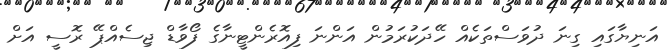
އަނިޔާގައި ގިނަ ދުވަސްތަކެއް ހޭދަކުރަމުން އަންނަ ފިއޮރެންޓީނާގެ ފޯވާޑް ޖިސެއްޕޭ ރޮސީ އަށް